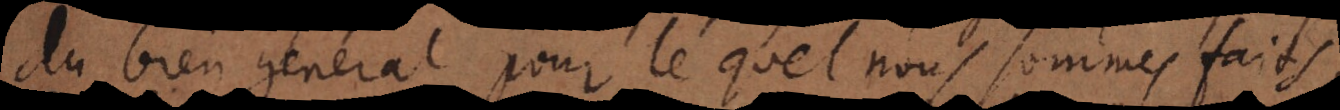
du bien general pour lequel nous sommes faits,